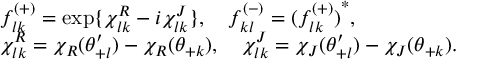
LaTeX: \begin{array} { l } { { f _ { l k } ^ { ( + ) } = \exp \{ \chi _ { l k } ^ { R } - i \chi _ { l k } ^ { J } \} , \quad f _ { k l } ^ { ( - ) } = { ( f _ { l k } ^ { ( + ) } ) } ^ { * } , } } \\ { { \chi _ { l k } ^ { R } = \chi _ { R } ( \theta _ { + l } ^ { \prime } ) - \chi _ { R } ( \theta _ { + k } ) , \quad \chi _ { l k } ^ { J } = \chi _ { J } ( \theta _ { + l } ^ { \prime } ) - \chi _ { J } ( \theta _ { + k } ) . } } \end{array}